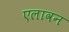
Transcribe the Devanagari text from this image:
एलावन